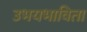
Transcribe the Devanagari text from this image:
उभयभाविता